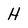
Character: H